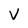
Character: V